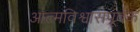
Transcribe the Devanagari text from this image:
आत्मविश्वासपूर्वक